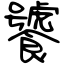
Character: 饕